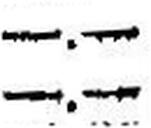
—.—